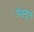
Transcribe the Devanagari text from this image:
पिच्चमूर्त्ति